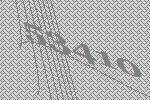
53410